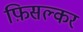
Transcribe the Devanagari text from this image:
फ़िसल्कर